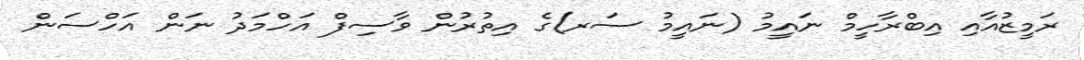
ރަމީޒުއާއި އިބްރާހީމް ނައީމު (ނައީމު ސަރ)ގެ އިތުރުން ވާސިފް އަހްމަދު ނަން އަހްސަން